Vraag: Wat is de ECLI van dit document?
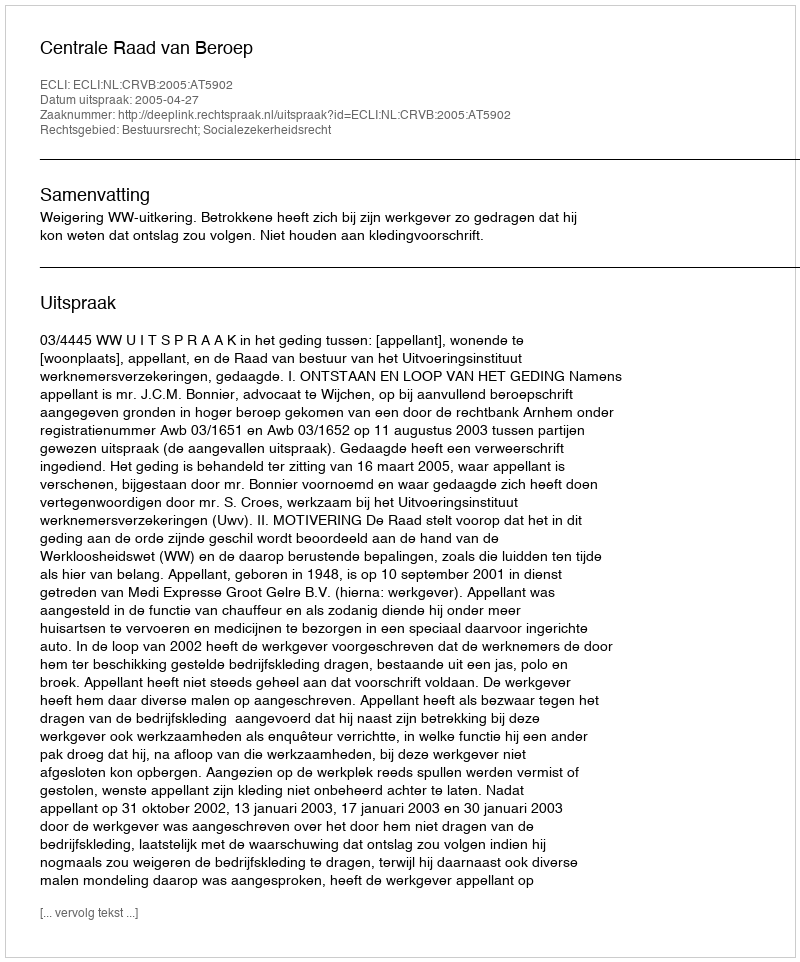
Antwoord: ECLI:NL:CRVB:2005:AT5902